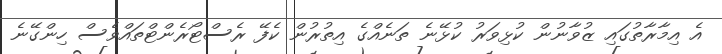
އެ އިމާރާތުގައި ޒުވާނުން ކުޅިވަރު ކުޅޭނެ ތަނެއްގެ އިތުރުން ކެފޭ ރެސްޓޯރެންޓްތައްވެސް ހިންގޭނެ